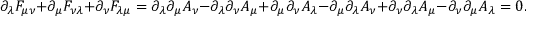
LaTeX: \partial _ { \lambda } F _ { \mu \nu } + \partial _ { \mu } F _ { \nu \lambda } + \partial _ { \nu } F _ { \lambda \mu } = \partial _ { \lambda } \partial _ { \mu } A _ { \nu } - \partial _ { \lambda } \partial _ { \nu } A _ { \mu } + \partial _ { \mu } \partial _ { \nu } A _ { \lambda } - \partial _ { \mu } \partial _ { \lambda } A _ { \nu } + \partial _ { \nu } \partial _ { \lambda } A _ { \mu } - \partial _ { \nu } \partial _ { \mu } A _ { \lambda } = 0 .